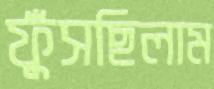
ফুঁসছিলাম